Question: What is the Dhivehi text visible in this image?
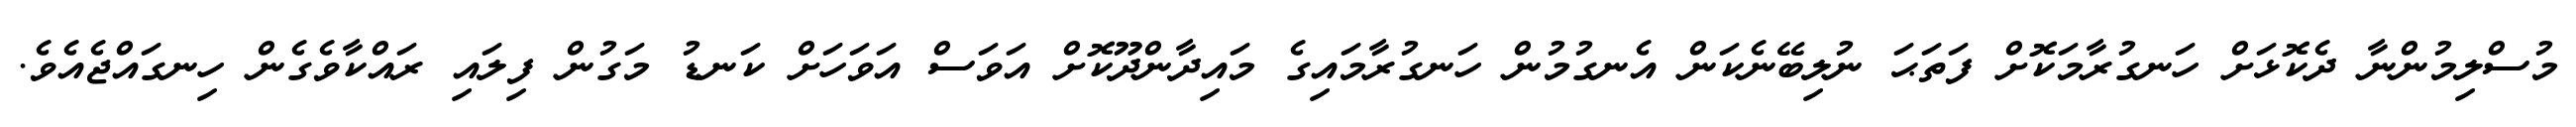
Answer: މުސްލިމުންނާ ދެކޮޅަށް ހަނގުރާމަކޮށް ފަތަޙަ ނުލިބޭނެކަން އެނގުމުން ހަނގުރާމައިގެ މައިދާންދޫކޮށް އަވަސް އަވަހަށް ކަނޑު މަގުން ފިލައި ރައްކާވެގެން ހިނގައްޖެއެވެ.